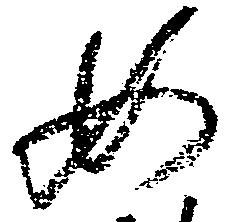
如